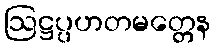
ဩဋ္ဌပ္ပဟတမတ္တေန